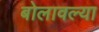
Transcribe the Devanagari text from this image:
बोलावल्या